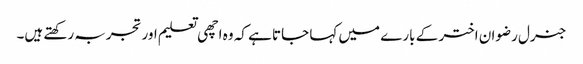
جنرل رضوان اختر کے بارے میں کہا جاتا ہے کہ وہ اچھی تعلیم اور تجربہ رکھتے ہیں۔